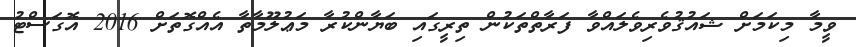
ވީމާ މިކަމަށް ޝައުޤުވެރިވެލައްވާ ފަރާތްތަކުން ތިރީގައި ބަޔާންކުރާ މަޢުލޫމާތާ އެއްގޮތަށް 2016 އޮގަސްޓު